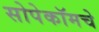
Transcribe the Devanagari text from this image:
सोपेकॉमचे